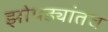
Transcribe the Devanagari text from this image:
झोपड्यांतच